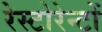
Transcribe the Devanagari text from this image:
रेस्टोरेन्टों